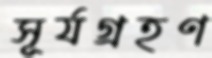
সূর্যগ্রহণ